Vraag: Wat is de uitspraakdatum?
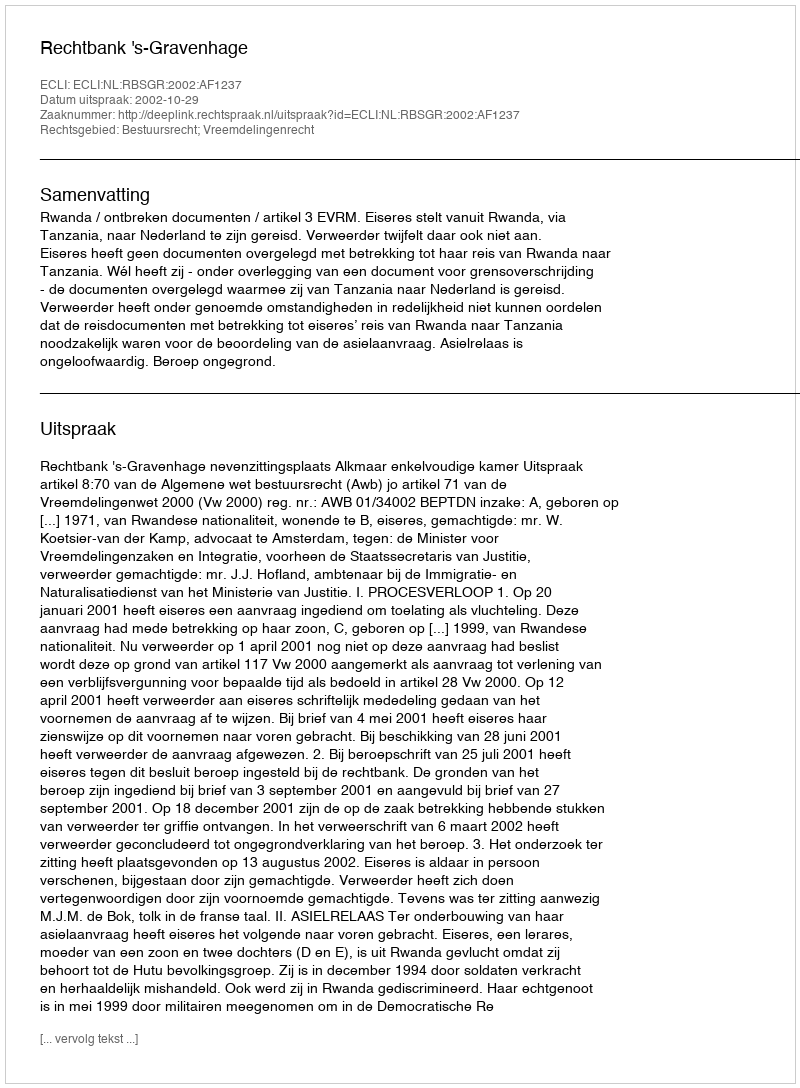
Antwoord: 2002-10-29